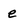
Character: e